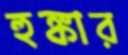
হুঙ্কার